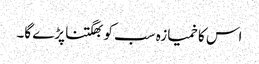
اس کا خمیازہ سب کو بھگتنا پڑے گا۔